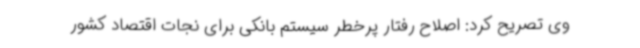
وی تصریح کرد: اصلاح رفتار پرخطر سیستم بانکی برای نجات اقتصاد کشور